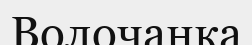
Волочанка